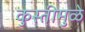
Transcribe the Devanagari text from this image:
कुस्तीमुळे